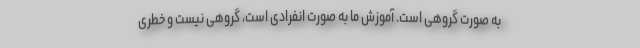
به صورت گروهی است. آموزش ما به صورت انفرادی است، گروهی نیست و خطری